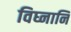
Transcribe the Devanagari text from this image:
विघ्नानि